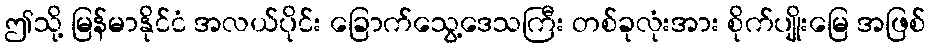
ဤသို့ မြန်မာနိုင်ငံ အလယ်ပိုင်း ခြောက်သွေ့ဒေသကြီး တစ်ခုလုံးအား စိုက်ပျိုးမြေ အဖြစ်